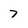
Character: 7